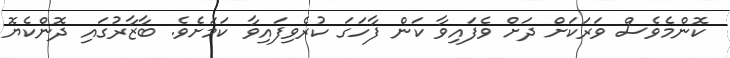
ކޮންމެވެސް ވަރަކަށް ދަށް ވެފައިވާ ކަން ފާހަގަ ކުރެވިފައިވާ ކަމަށެވެ. ބާޒާރުގައި ދޮންކެޔޮ